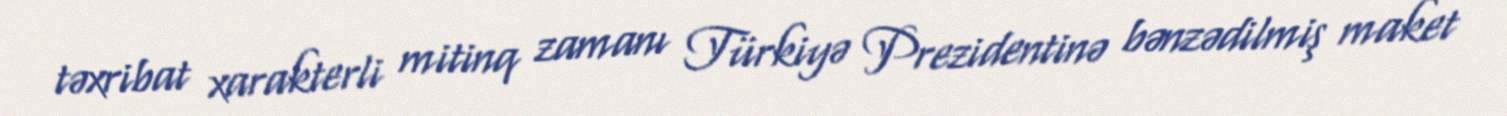
təxribat xarakterli mitinq zamanı Türkiyə Prezidentinə bənzədilmiş maket